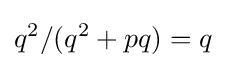
q^{2}/(q^{2}+pq)=q